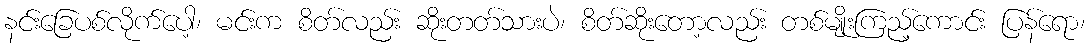
နင်းခြေပစ်လိုက်ပေါ့၊ မင်းက စိတ်လည်း ဆိုးတတ်သားပဲ၊ စိတ်ဆိုးတော့လည်း တစ်မျိုးကြည့်ကောင်း ပြန်ရော၊